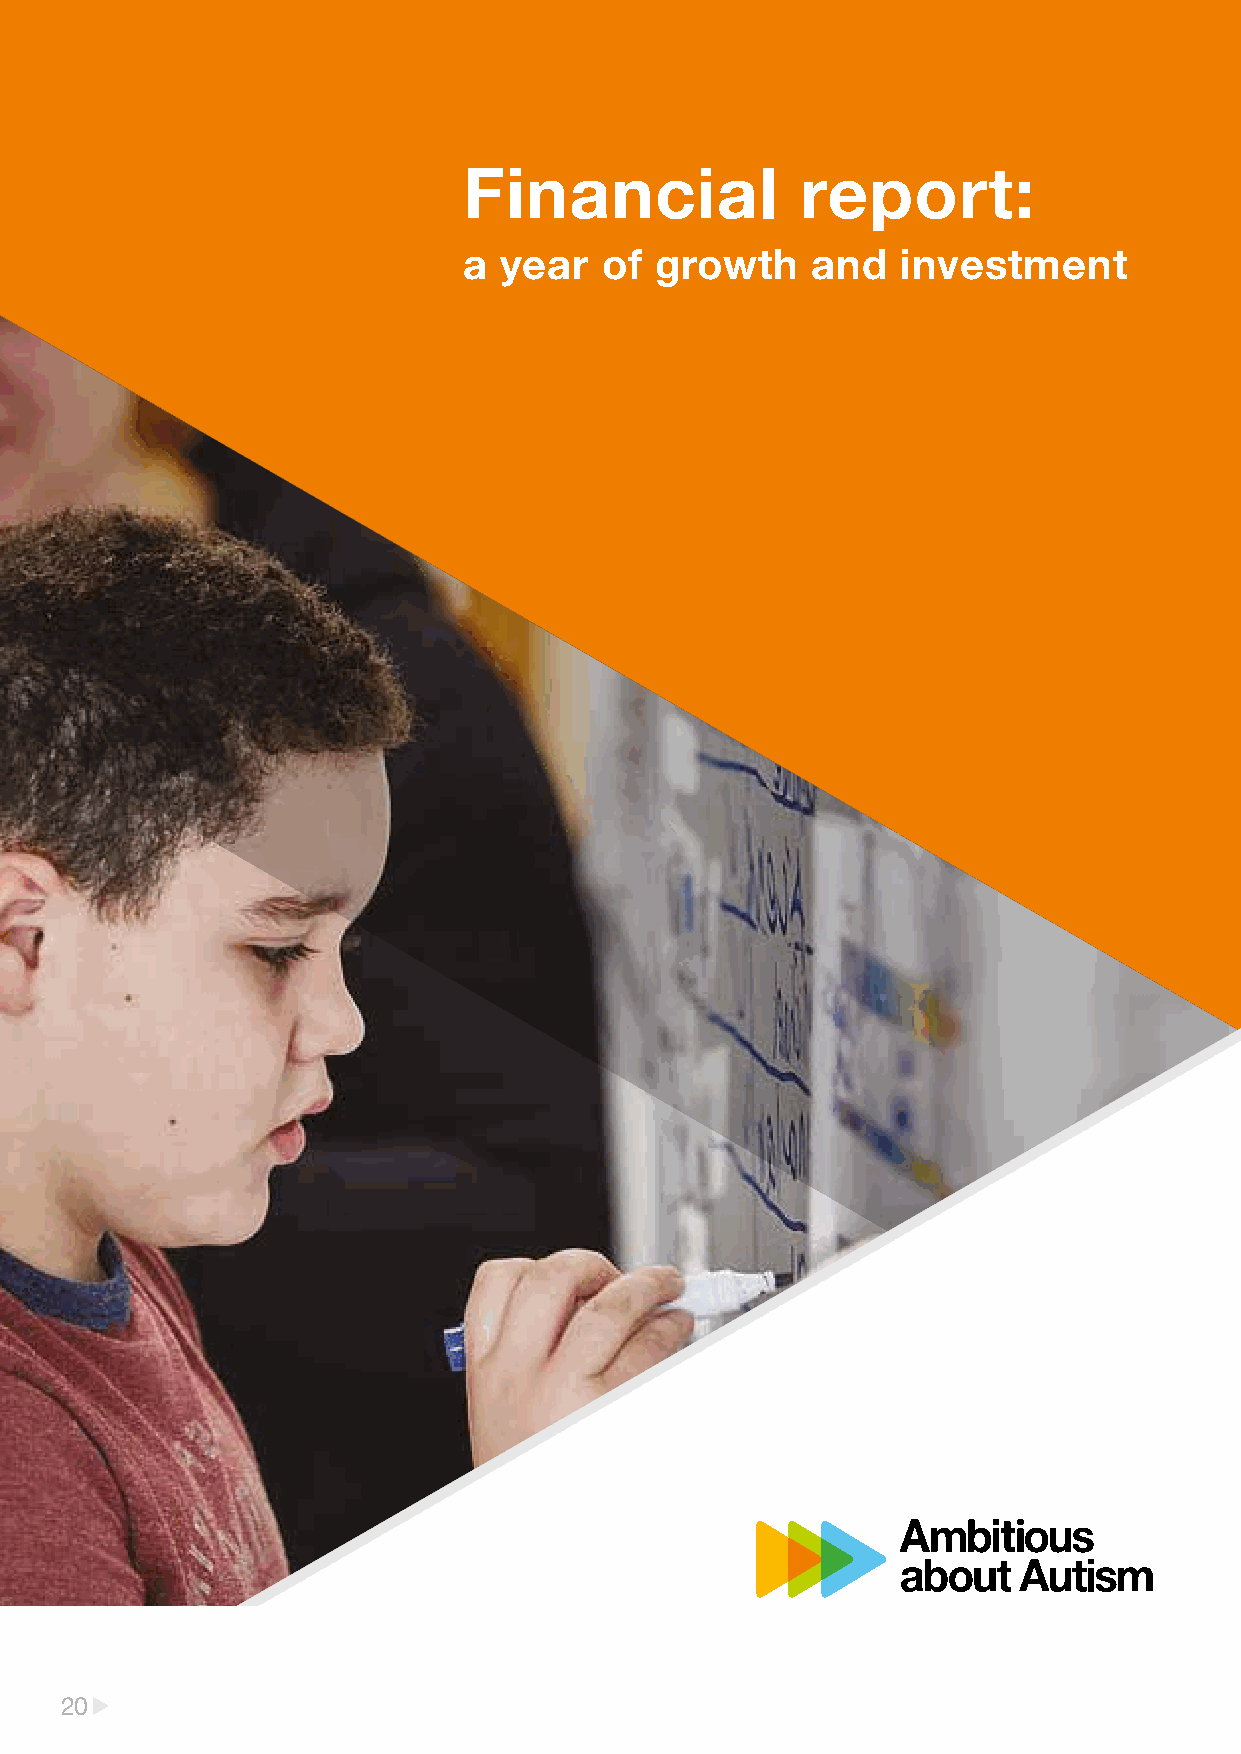
Financial             report:
 a year   of growth     and   investment
 20